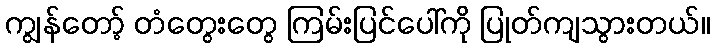
ကျွန်တော့် တံတွေးတွေ ကြမ်းပြင်ပေါ်ကို ပြုတ်ကျသွားတယ်။